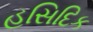
હસિદિક